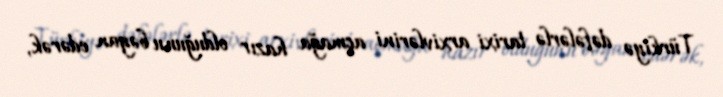
Türkiyə dəfələrlə tarixi arxivlərini açmağa hazır olduğunu bəyan edərək,